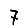
Digit: 7